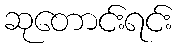
ဆုတောင်းရင်း